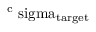
\mathrm { ^ c \ s i g m a _ { \mathrm { t a r g e t } } }